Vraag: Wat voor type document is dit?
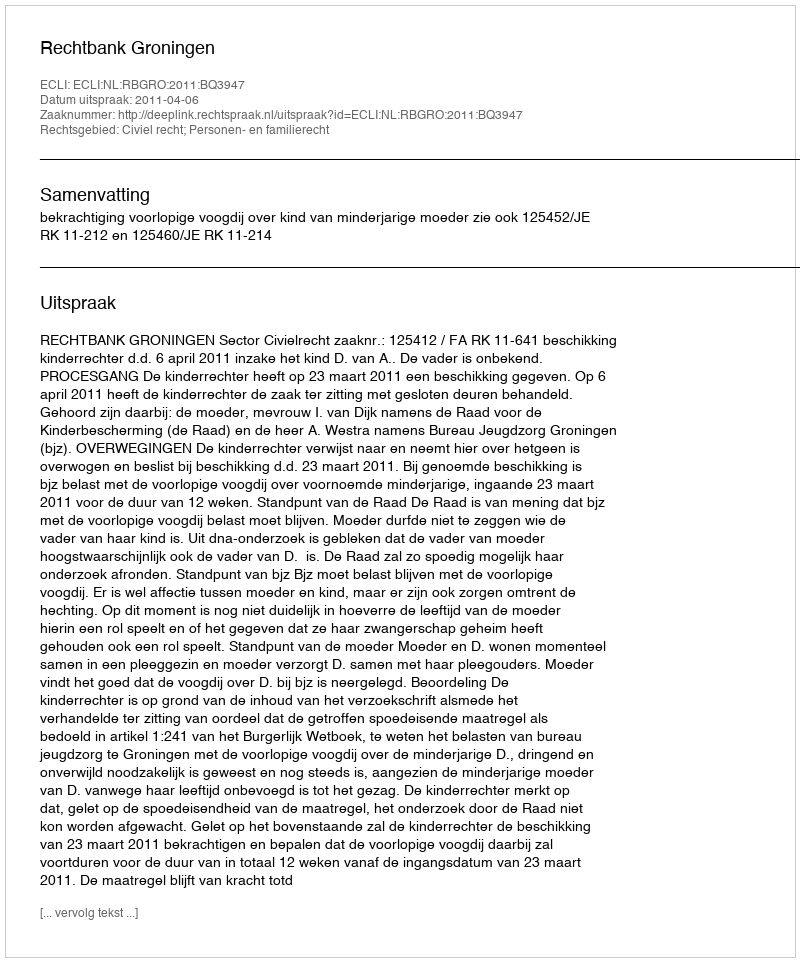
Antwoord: Uitspraak